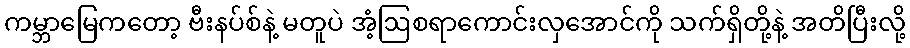
ကမ္ဘာမြေကတော့ ဗီးနပ်စ်နဲ့ မတူပဲ အံ့ဩစရာကောင်းလှအောင်ကို သက်ရှိတို့နဲ့ အတိပြီးလို့